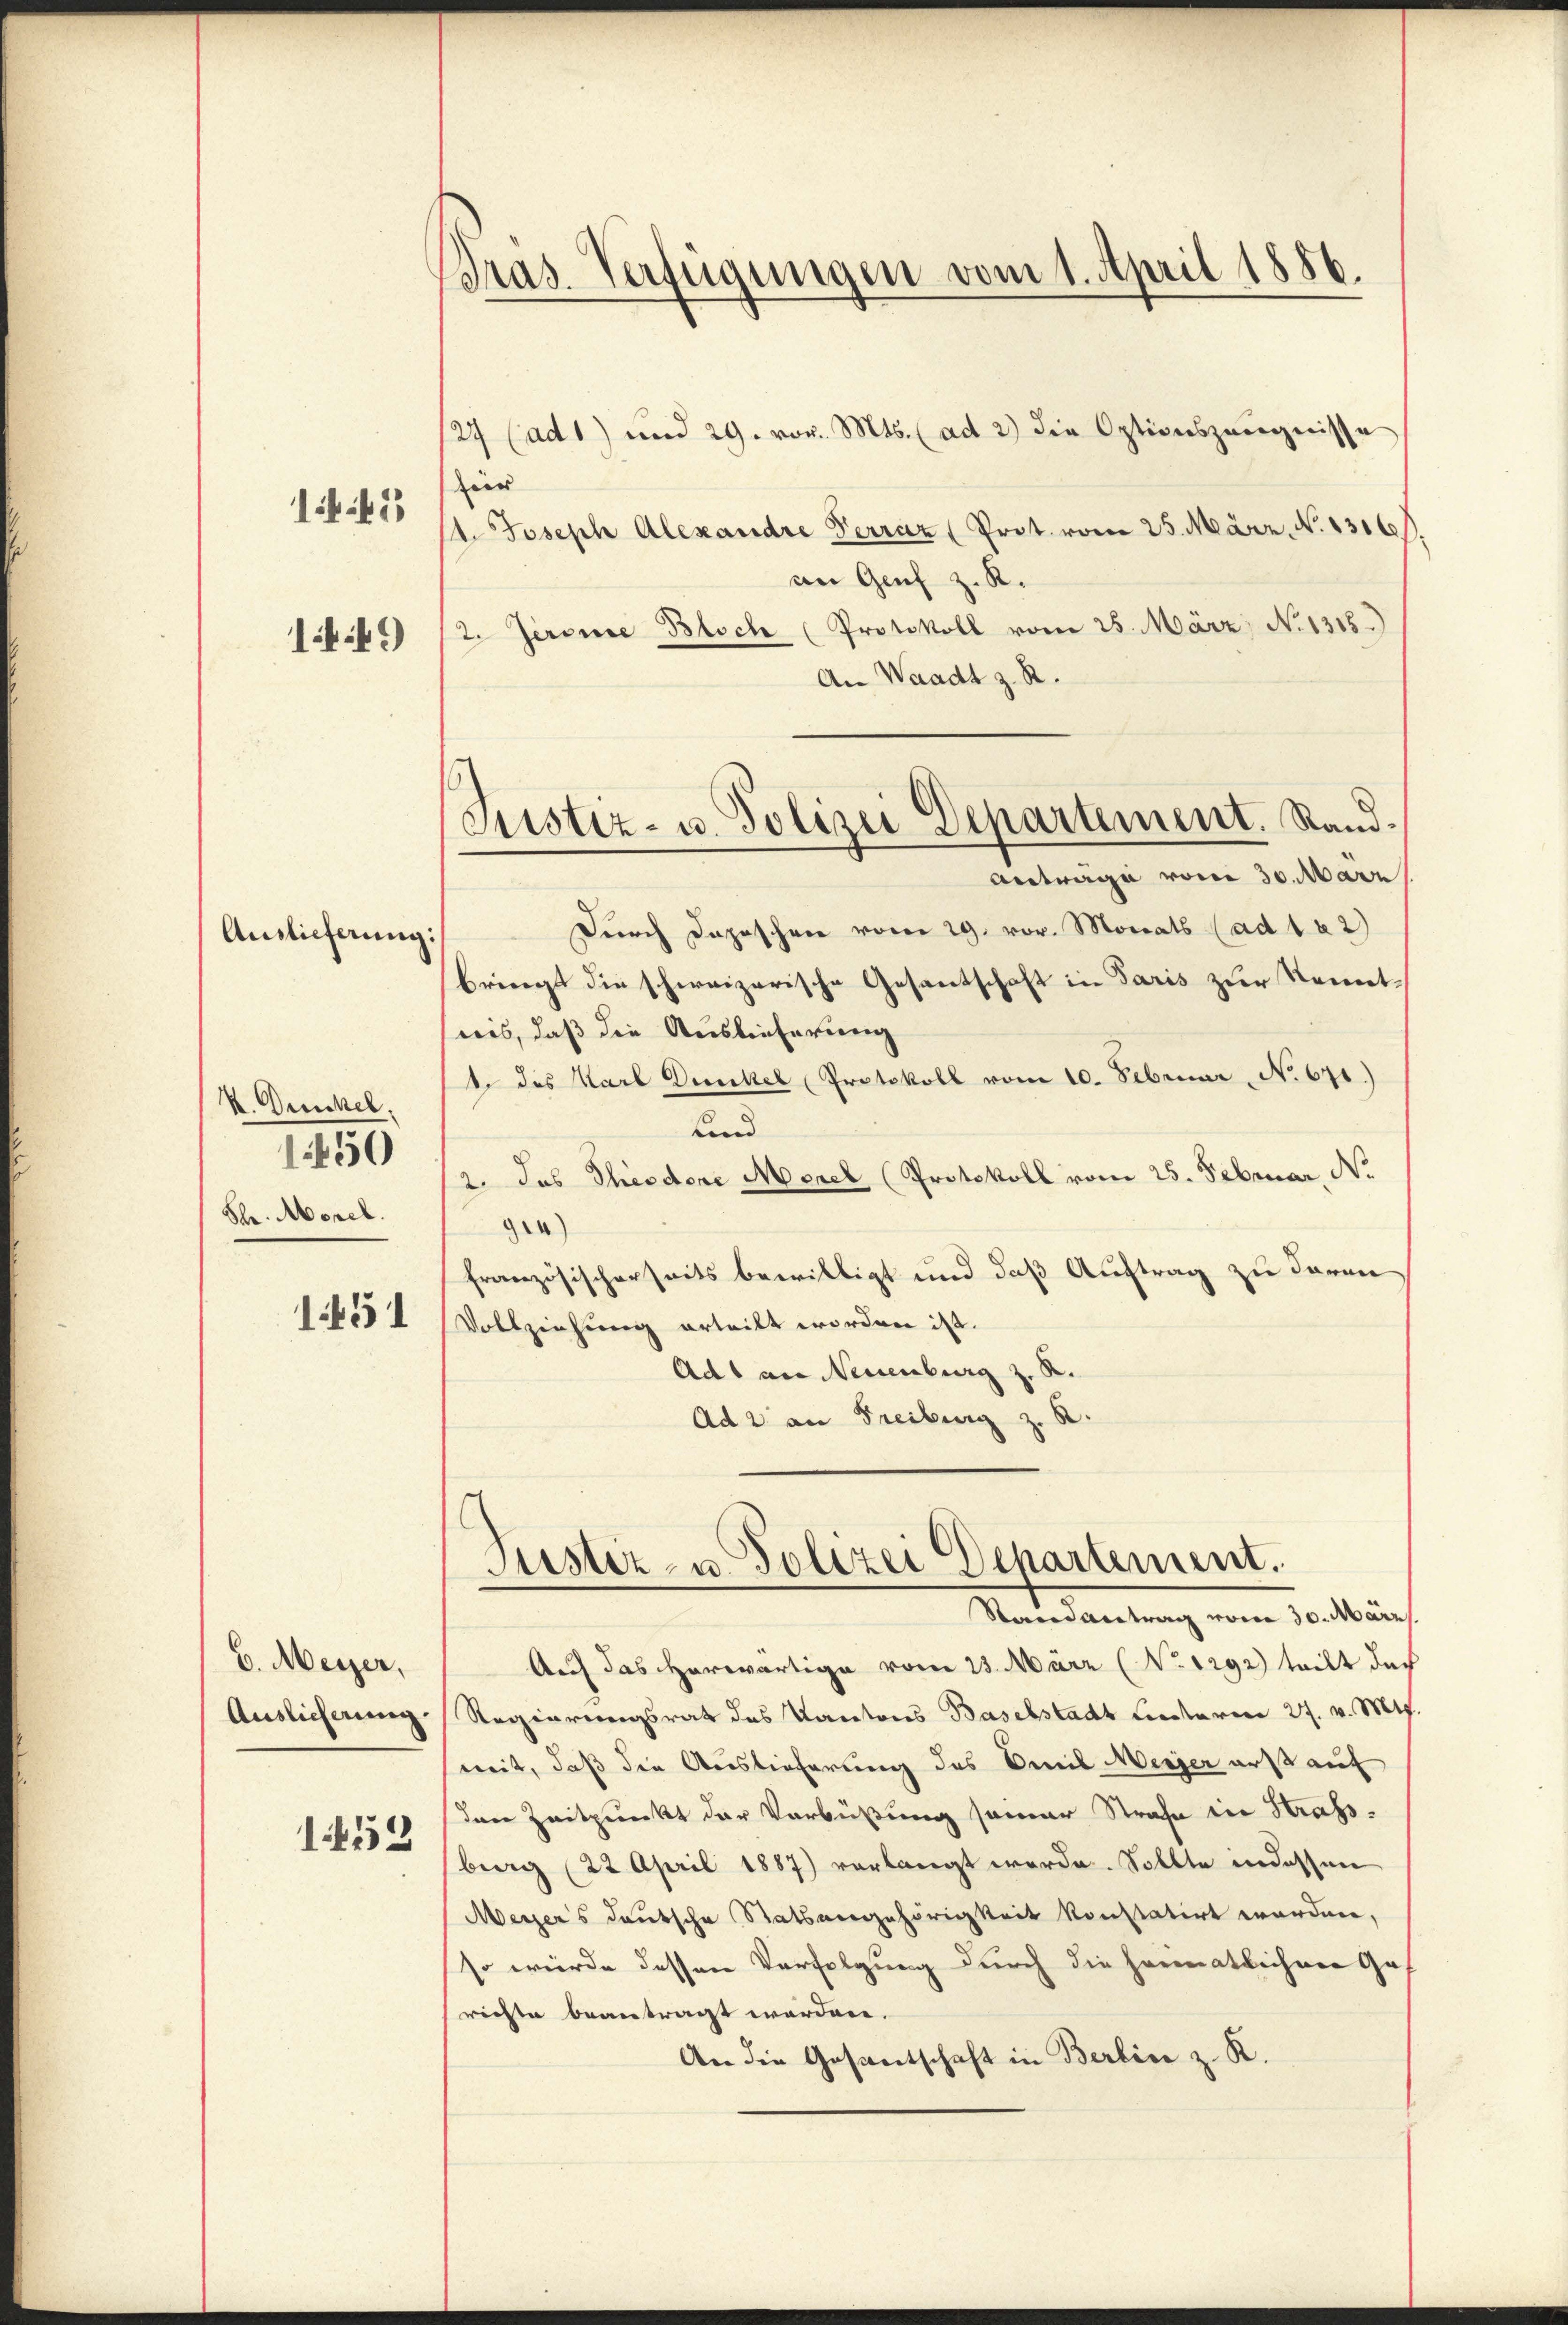
Auslieferung:

1443

144)

K. Dunkel.
Schr. Morel.

1450

1451

E. Meyer,
Auslieferung.

1452

Präs. Verfügungen vom 1. April 1886.

127 (ad 1) und 29. vor. Mts. (ad 2) die Optionszeŭgnisse
zir
1. Joseph Alexandre Terraz (Prot. vom 25. März. N. 1316
an Genf z. R.
2. Jerome Bloch (Protokoll vom 25. März, No 1315.)
An Waadt z. R.
Durch Daposchen vom 29. vor. Monats (ad 1 x 2)
bringt die schweizerische Gesantschaft in Paris zur Kenntreis, daß die Auslieferung
t. des Karl Dunkel Protokoll vom 10. Februar  No 671.)
und
2. Das Theodore Morel (Protokoll vom 25. Februar, No.
94)
französischerseits bewilligt und daß Auftrag zu daran
Vollziehung erteilt worden ist.
Adl an Neuenburg z. B
Ad 2. an Freiburg z.
s

Justiz- u. Polizei Departement. Stand.
Antrage vom 30. März

Justiz- u. Polizei Departement.
Stand antrag vom 30. März.

Auch das herwärtige vom 23. März (No 1292) teilt das
Regierungsrath des Kantons Baselstadt Liesterien 27. v. Mts.
weit, daß die Auslieferung des Omnil Messer erst auf
den Zeitpunkt der Verbüßung semar Strafe in Strafberg (22 April 1887) verlangt werde. Sollte in dessen
Meyers deutsche Statsangehörigkeit konstatirt worden,
so würde dessen Verfolgung durch die herenatlichner Gerichte beantragt worden.
An die Gesantschaft in Berline z. R.